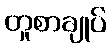
တူစာချုပ်